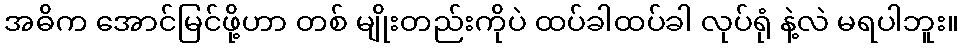
အဓိက အောင်မြင်ဖို့ဟာ တစ် မျိုးတည်းကိုပဲ ထပ်ခါထပ်ခါ လုပ်ရုံ နဲ့လဲ မရပါဘူး။